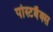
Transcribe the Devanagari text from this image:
पोस्टबैक्स